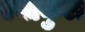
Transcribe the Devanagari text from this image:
एनाकुल